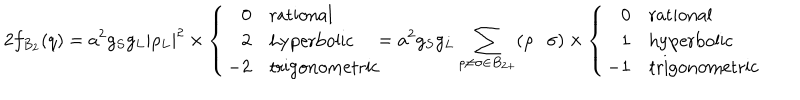
LaTeX: 2 f _ { B _ { 2 } } ( q ) = a ^ { 2 } g _ { S } g _ { L } | \rho _ { L } | ^ { 2 } \times \left\{ \begin{array} { r l } { { 0 } } & { { \mathrm { r a t i o n a l } } } \\ { { 2 } } & { { \mathrm { h y p e r b o l i c } } } \\ { { - 2 } } & { { \mathrm { t r i g o n o m e t r i c } } } \\ \end{array} \right. \! \! \! = a ^ { 2 } g _ { S } g _ { L } \sum _ { \rho \neq \sigma \in B _ { 2 + } } ( \rho \cdot \sigma ) \times \left\{ \begin{array} { r l } { { 0 } } & { { \mathrm { r a t i o n a l } } } \\ { { 1 } } & { { \mathrm { h y p e r b o l i c } } } \\ { { - 1 } } & { { \mathrm { t r i g o n o m e t r i c } } } \\ \end{array} \right.